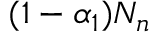
( 1 - \alpha _ { 1 } ) N _ { n }